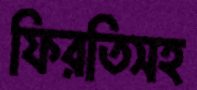
ফিরতিসহ